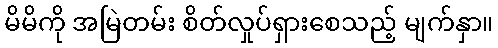
မိမိကို အမြဲတမ်း စိတ်လှုပ်ရှားစေသည့် မျက်နှာ။